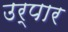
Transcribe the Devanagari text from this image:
उर्पार